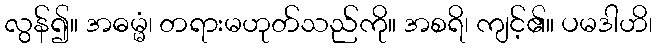
လွန်၍။ အဓမ္မံ၊ တရားမဟုတ်သည်ကို။ အစရိ၊ ကျင့်၏။ ပမဒါဟိ၊